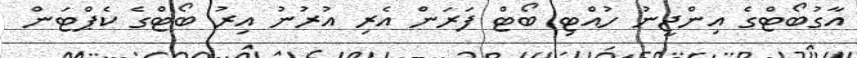
އާގުބޯޓްގެ އިންޖީނު ހުއްޓި ބޯޓް ފަރަން އެރި އުރުނު އިރު ބޯޓްގެ ކެޕްޓަން